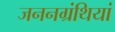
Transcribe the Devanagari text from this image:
जननग्रंथियां